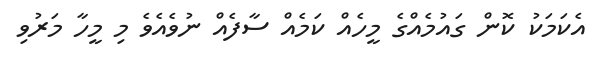
އެކަމަކު ކޮން ގައުމެއްގެ މީހެއް ކަމެއް ސާފެއް ނުވެއެވެ މި މީހާ މަރުވި